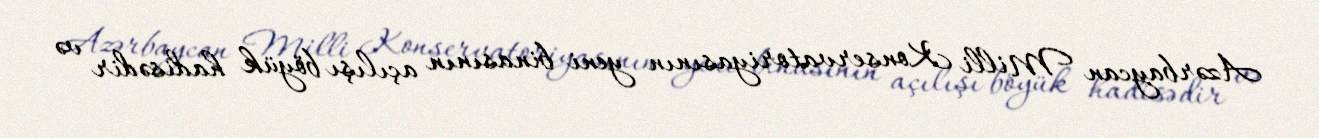
Azərbaycan Milli Konservatoriyasının yeni binasının açılışı böyük hadisədir və